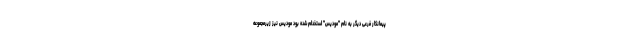
پیمانکار فرعی دیگر به نام "مودیس" استخدام شده بود مودیس نیز زیرمجموعه